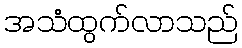
အသံထွက်လာသည်